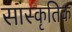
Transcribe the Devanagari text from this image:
सांस्‍कृतिक